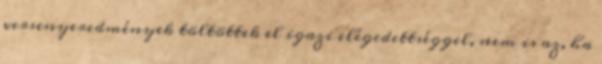
versenyeredmények töltöttek el igazi elégedettséggel, nem is az, ha